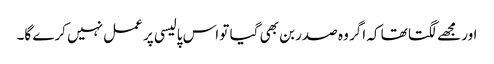
اور مجھے لگتا تھا کہ اگر وہ صدر بن بھی گیا تو اس پالیسی پر عمل نہیں کرے گا۔